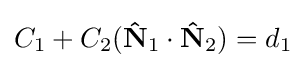
C_{1}+C_{2}(\mathbf {\hat {N}} _{1}\cdot \mathbf {\hat {N}} _{2})=d_{1}